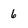
Character: 6